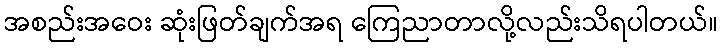
အစည်းအဝေး ဆုံးဖြတ်ချက်အရ ကြေညာတာလို့လည်းသိရပါတယ်။